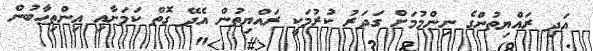
އަދި ރައްޔިތުންގެ ނިންމުމަށް ގަދަރު ކުރުމަކީ ރައްޔިތުން އެދޭ ގޮތް ކަމަށާއި އިންތިހާބުން